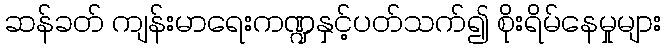
ဆန်ခတ် ကျန်းမာရေးကဏ္ဍနှင့်ပတ်သက်၍ စိုးရိမ်နေမှုများ